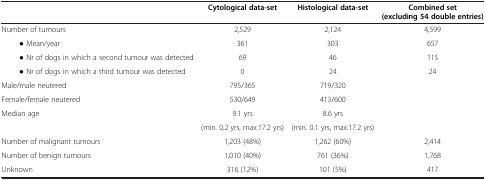
<table><thead><tr><td><b> </b></td><td><b>Cytological data-set</b></td><td><b>Histological data-set</b></td><td><b>Combined set (excluding 54 double entries)</b></td></tr></thead><tbody><tr><td>Number of tumours</td><td>2,529</td><td>2,124</td><td>4,599</td></tr><tr><td>• Mean/year</td><td>361</td><td>303</td><td>657</td></tr><tr><td>• Nr of dogs in which a second tumour was detected</td><td>69</td><td>46</td><td>115</td></tr><tr><td>• Nr of dogs in which a third tumour was detected</td><td>0</td><td>24</td><td>24</td></tr><tr><td>Male/male neutered</td><td>795/365</td><td>719/320</td><td> </td></tr><tr><td>Female/female neutered</td><td>530/649</td><td>413/600</td><td> </td></tr><tr><td rowspan="2">Median age</td><td>9.1 yrs</td><td>8.6 yrs</td><td rowspan="2"> </td></tr><tr><td>(min. 0.2 yrs, max.17.2 yrs)</td><td>(min. 0.1 yrs, max.17.2 yrs)</td></tr><tr><td>Number of malignant tumours</td><td>1,203 (48%)</td><td>1,262 (60%)</td><td>2,414</td></tr><tr><td>Number of benign tumours</td><td>1,010 (40%)</td><td>761 (36%)</td><td>1,768</td></tr><tr><td>Unknown</td><td>316 (12%)</td><td>101 (5%)</td><td>417</td></tr></tbody></table>